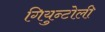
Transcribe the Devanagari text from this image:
गियुन्टोली